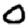
Digit: 0